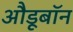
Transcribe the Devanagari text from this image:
औडूबॉन